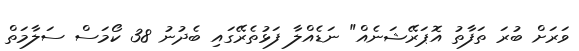
ވަރަށް ބުރަ ތަފާތު އޮޕަރޭޝަނެއް" ނަޑެއްލާ ފަޅުތެރޭގައި ބެދުނު 38 ކޯމަސް ސަލާމަތް